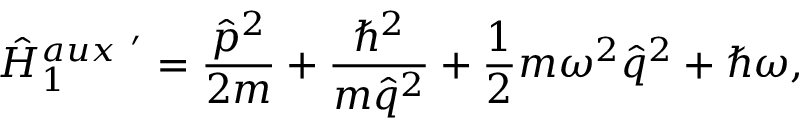
\hat { H } _ { 1 } ^ { a u x ~ ^ { \prime } } = \frac { \hat { p } ^ { 2 } } { 2 m } + \frac { \hbar ^ { 2 } } { m \hat { q } ^ { 2 } } + \frac { 1 } { 2 } m \omega ^ { 2 } \hat { q } ^ { 2 } + \hbar \omega ,